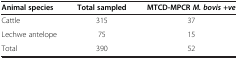
<table><thead><tr><td><b>Animal species</b></td><td><b>Total sampled</b></td><td><b>MTCD-MPCR <i>M. bovis +ve</i></b></td></tr></thead><tbody><tr><td>Cattle</td><td>315</td><td>37</td></tr><tr><td>Lechwe antelope</td><td>75</td><td>15</td></tr><tr><td>Total</td><td>390</td><td>52</td></tr></tbody></table>